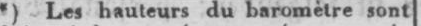
*) Les hauteurs du baromètre sont